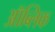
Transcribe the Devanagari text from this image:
ऑब्लिक